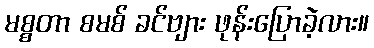
မစ္စတာ စမစ် ခင်ဗျား ဖုန်းပြောခဲ့လား။